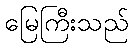
မြေကြီးသည်